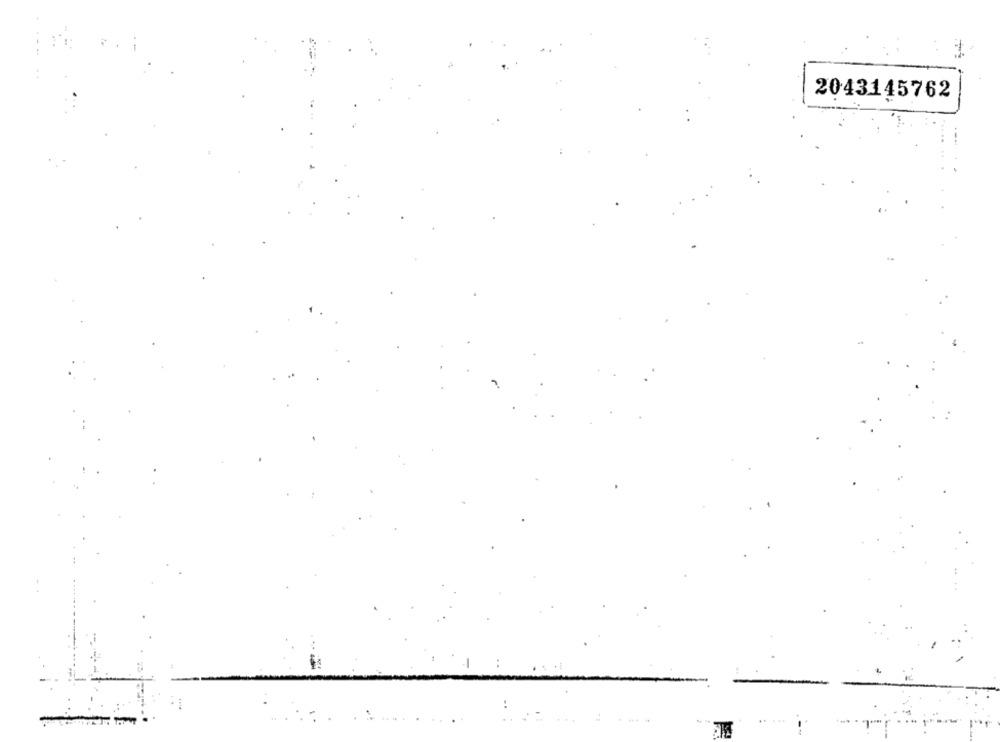
2043145762